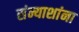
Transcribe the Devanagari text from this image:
संन्याशांना